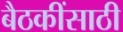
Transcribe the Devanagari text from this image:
बैठकींसाठी